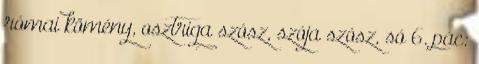
római kömény, osztriga szósz, szója szósz, só 6. pác: